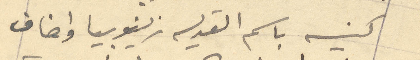
كنيسه باسم القديسه زينوبيا واضاف